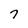
Character: 7